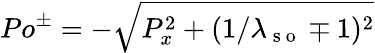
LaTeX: Po^{\pm}=-\sqrt{P_{x}^{2}+(1/\lambda_{\mathrm{~s~o~}}\mp 1)^{2}}